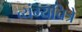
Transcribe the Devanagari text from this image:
व्यंग्यचित्रे